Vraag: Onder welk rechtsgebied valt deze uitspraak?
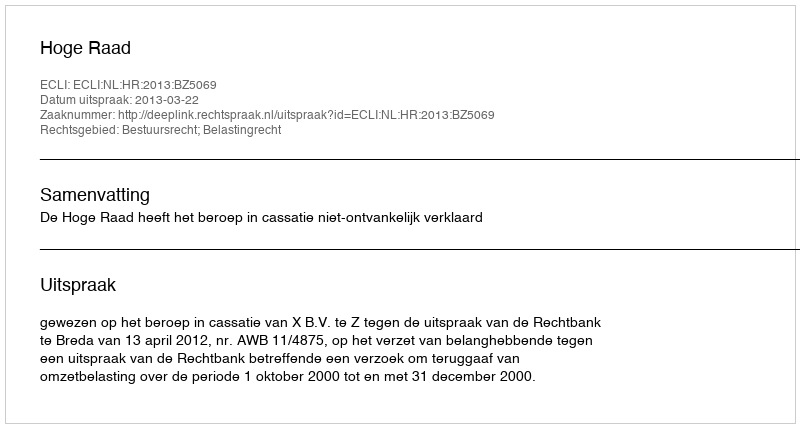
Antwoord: Bestuursrecht; Belastingrecht